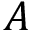
A